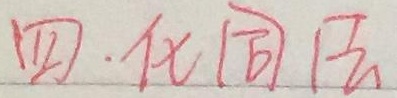
四. 化同法